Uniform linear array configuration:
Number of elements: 16
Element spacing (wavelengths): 1
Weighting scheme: binomial
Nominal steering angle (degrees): -30
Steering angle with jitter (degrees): -31.108
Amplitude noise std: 0.05
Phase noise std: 0.05

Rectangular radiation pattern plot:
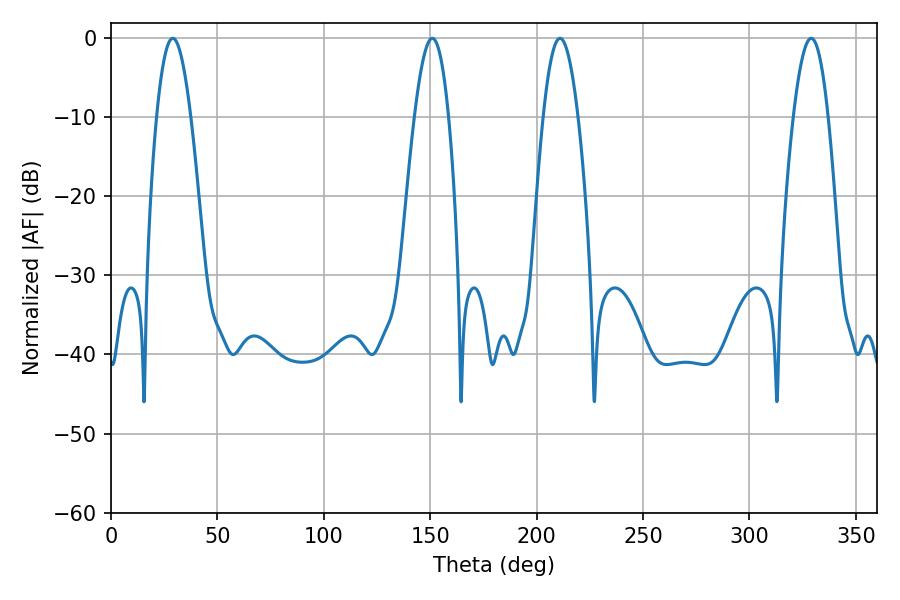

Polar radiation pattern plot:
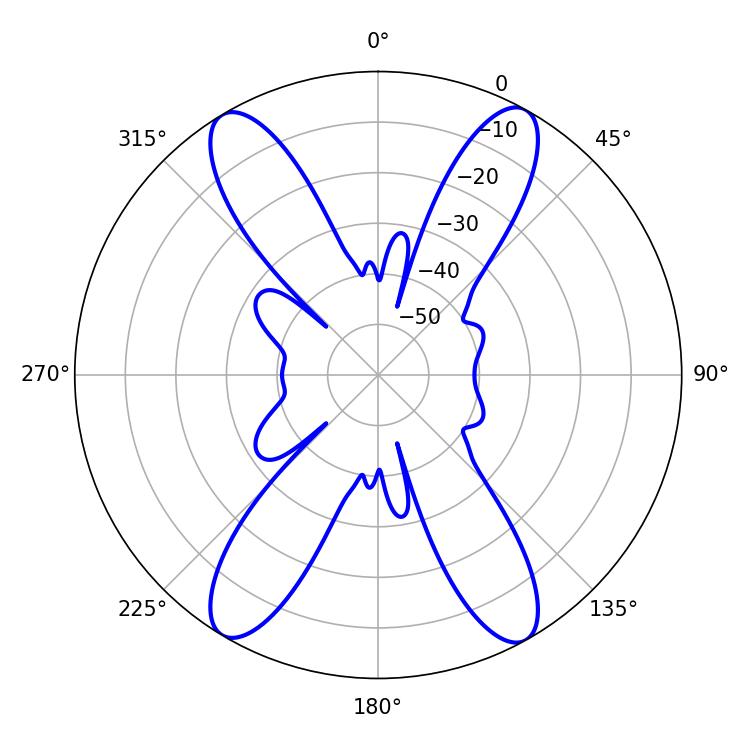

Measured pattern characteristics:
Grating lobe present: TRUE
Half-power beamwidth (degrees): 8.82
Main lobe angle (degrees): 210.96